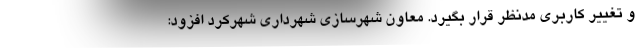
و تغییر کاربری مدنظر قرار بگیرد. معاون شهرسازی شهرداری شهرکرد افزود: